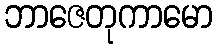
ဘာဇေတုကာမော